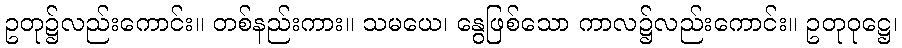
ဥတု၌လည်းကောင်း။ တစ်နည်းကား။ သမယေ၊ နွေဖြစ်သော ကာလ၌လည်းကောင်း။ ဥတုဝုဋ္ဌေ၊